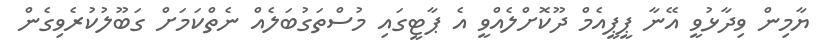
ޔާމިން ވިދާޅުވީ އޭނާ ޕީޕީއެމް ދޫކޮށްލެއްވީ އެ ޕާޓީގައި މުސްތަގުބަލެއް ނެތްކަމަށް ގަބޫލުކުރެވިގެން